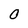
Character: O